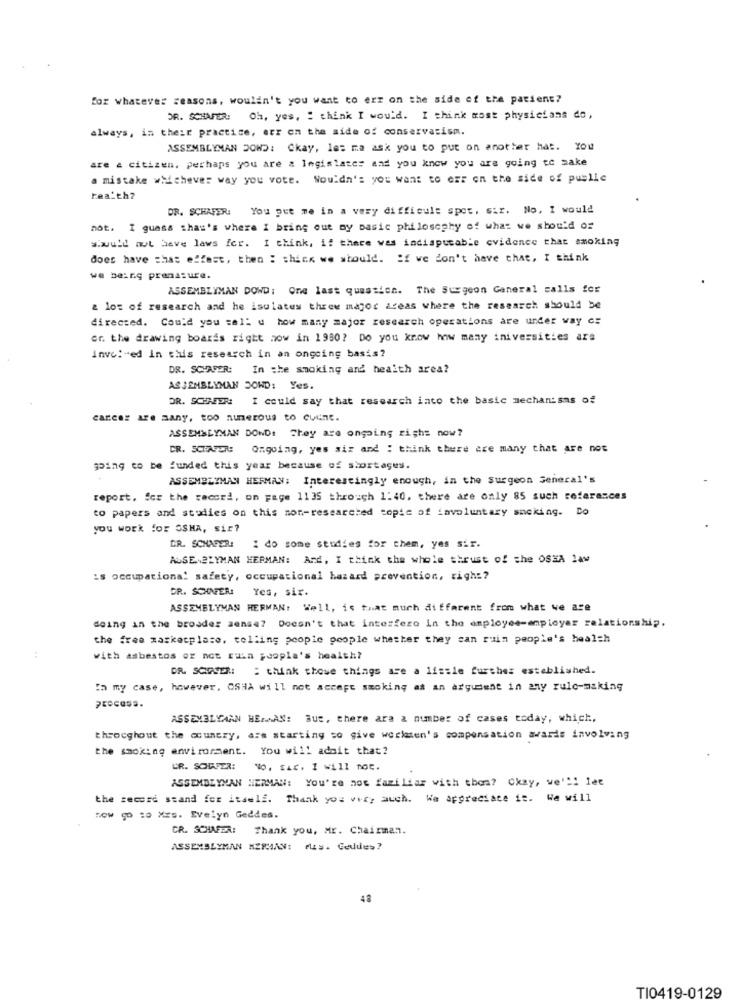
for whatever reasons, wouldn't you want to erz on the side of the patient?
DR. SCHAFER:
Oh, yes, " think I would. I think most physicians do,
always, in their practice, err on the side of conservatism.
ASSEMBLYMAN DOWD: Ckay, les ma ask you to put on another hat. You
are a citizen, perhaps you are a legislate: and you know you are going to make
a mistake whichever way you vote. Wouldn': you want to car on the side of public
rea.th?
DR. SCHAFER:
You put me in a very difficult spot, sir. No, I would
not. I guess that's where I bring out my basic philosophy of what we should oz
w.would not have laws for. I think, if there was indispucable evidence that smoking
does have that effest, then : shick we should. if we don't have that, I think
we being prenature.
ASSEMBLYMAN DOWD: One last question. The Surgeon General calls for
z lot of research and he isulates three major areas where the research should be
directed. Could you call u how many major research operations are under way cs
er. the drawing boards right now in 1980? Do you know how many inivessities ars
invo:"ed in this research in an ongoing basis?
DR. SCHAPER:
In the smoking and health area?
ASSEMBLYMAN DOWD: Yes.
OR. SCHNEER:
I could say that research into the basic mechanisms of
cancer are many, too numerous to count.
ASSEMBLYMAN DONDE They are ongoing right now?
CR. SCHAFER:
Ongoing, yes sir and : think there are many that are not
going to be funded this year because of shortages.
ASSEMBLYMAN HERMAN: Interestingly enough, in the surgeon General's
report. for the record, on page 1135 through 1:40, there are only 85 such references
to papers and studies on this non-researched topic of involuntary smoking. Do
you work for OSHA, Sir?
DR. SCHAFER: I do some studies for them, yes sir.
ASSEMBLYMAN HERMAN: Ard, I think the whole thrust of the OSEA 1aw
is occupational safety, occupational hazard prevention, right?
GR. SCHAFER:
Yes, sir.
ASSEMBLYMAN HERMAN: Well, is that much different from what we are
doing in the broader sense? Doesn't that interfero in the employee-employer relationship.
the free marketplace, telling people people whether they can ruin people's health
with asbestos or not rula puopla's health?
DR. SCIASER: : think those things are a lissle further established.
In my case, however, OSHA will not accept smoking as an argument in any rule-making
Process.
ASSEMBLYAAN HERMAN: But, there are a number of cases today, which,
throughout the country, are starting to give worlesen's compensation awards involving
the smoking environment. You will admit that?
LR. SOLAPER:
wo. tic. I will not.
ASSEMBLYMAN HERMAN: You're not familiar with thos? Okay, we'"! let
the record stand for itself. Thank you very much. We appreciate it. We will
now 90 19 XES. Evelyn Geddes.
CR. SCHAFER: Thank you, Mr. Chairman.
ASSEMBLYMAN HERMAN: rus. Geddes?
TI0419-0129